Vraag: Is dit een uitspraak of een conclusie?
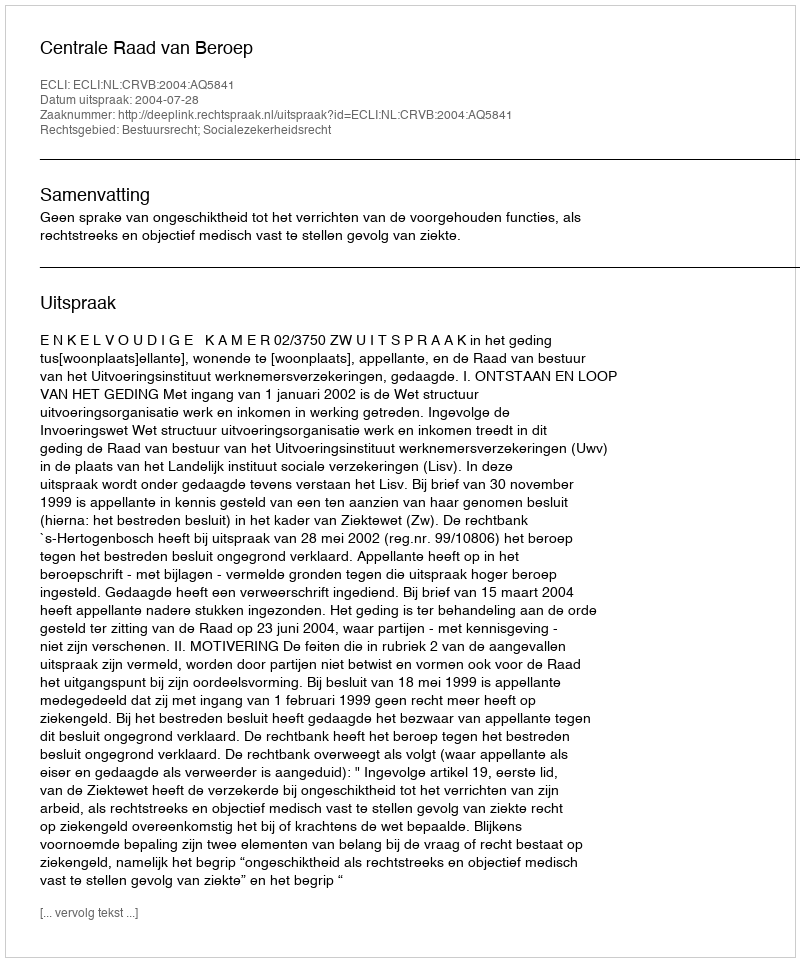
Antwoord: Uitspraak